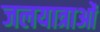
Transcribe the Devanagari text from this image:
जलयात्राओं